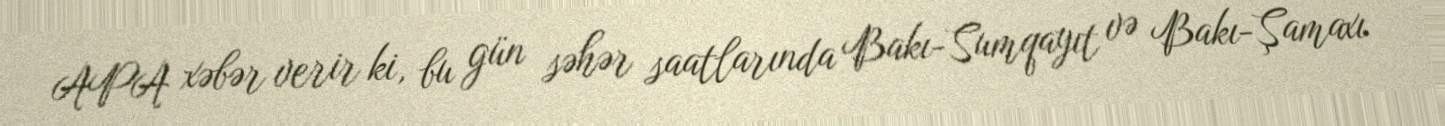
APA xəbər verir ki, bu gün səhər saatlarında Bakı-Sumqayıt və Bakı-Şamaxı